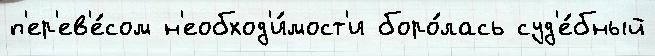
п'ер'ев'е́сом н'еобход'и́мост'и боро́лась суд'е́бный